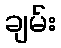
ချမ်း